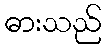
ဓားသည်